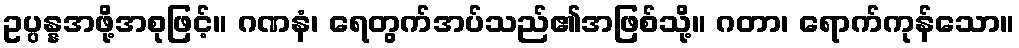
ဥပ္ပန္နအဖို့အစုဖြင့်။ ဂဏနံ၊ ရေတွက်အပ်သည်၏အဖြစ်သို့။ ဂတာ၊ ရောက်ကုန်သော။